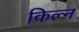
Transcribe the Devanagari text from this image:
किल्न